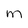
Character: M